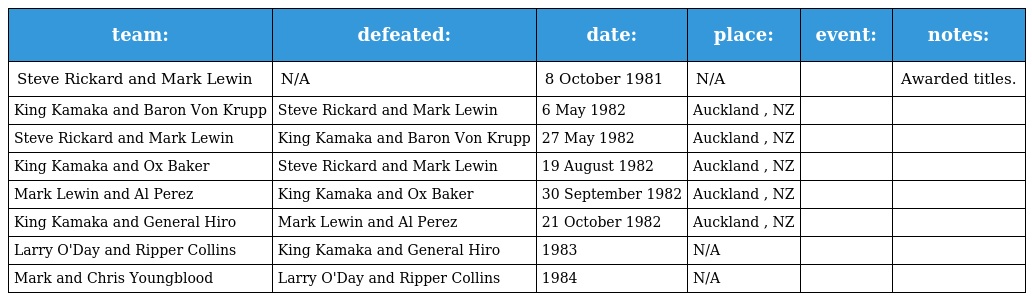
| team: | defeated: | date: | place: | event: | notes: |
 | --- | --- | --- | --- | --- | --- |
 | Steve Rickard and Mark Lewin | N/A | 8 October 1981 | N/A |  | Awarded titles. |
 | King Kamaka and Baron Von Krupp | Steve Rickard and Mark Lewin | 6 May 1982 | Auckland , NZ |  |  |
 | Steve Rickard and Mark Lewin | King Kamaka and Baron Von Krupp | 27 May 1982 | Auckland , NZ |  |  |
 | King Kamaka and Ox Baker | Steve Rickard and Mark Lewin | 19 August 1982 | Auckland , NZ |  |  |
 | Mark Lewin and Al Perez | King Kamaka and Ox Baker | 30 September 1982 | Auckland , NZ |  |  |
 | King Kamaka and General Hiro | Mark Lewin and Al Perez | 21 October 1982 | Auckland , NZ |  |  |
 | Larry O'Day and Ripper Collins | King Kamaka and General Hiro | 1983 | N/A |  |  |
 | Mark and Chris Youngblood | Larry O'Day and Ripper Collins | 1984 | N/A |  |  |